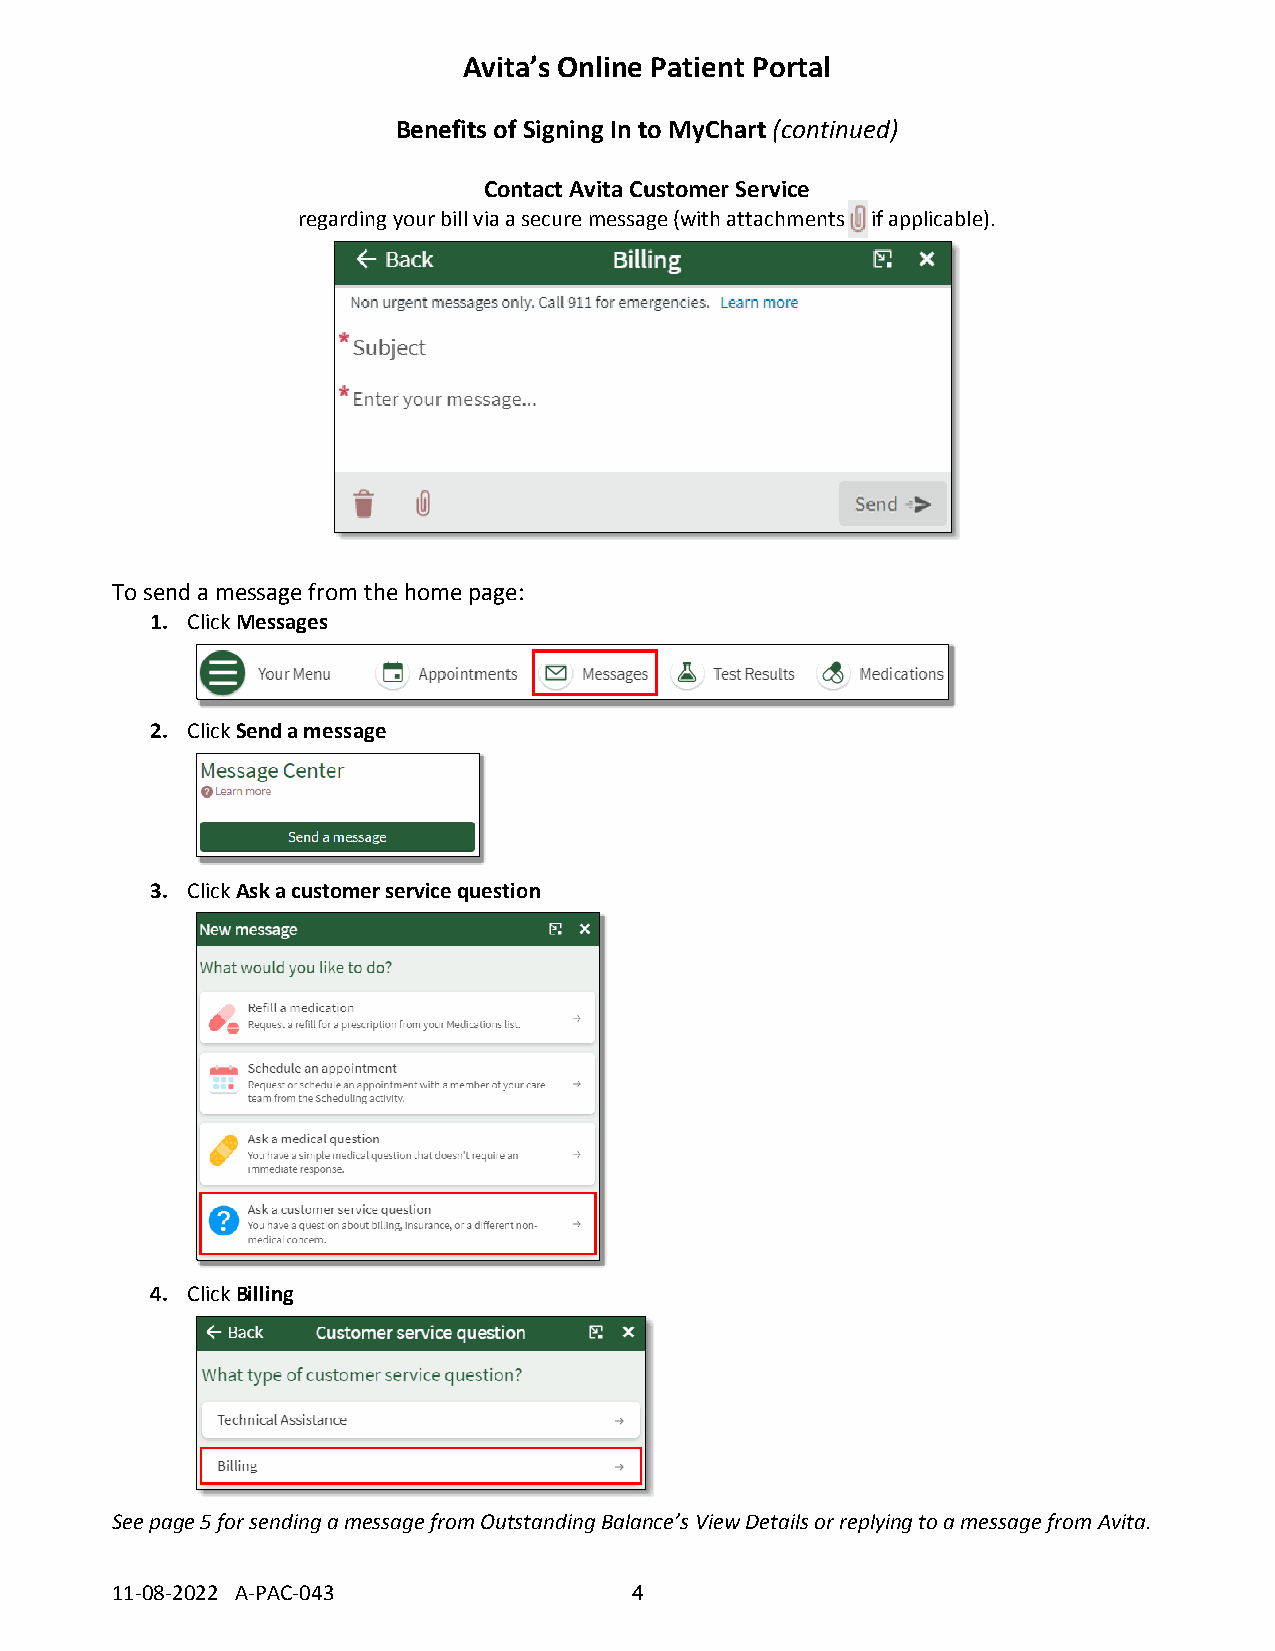
Avita’s Online Patient Portal
 Benefits of Signing In to MyChart (continued)
 Contact Avita Customer Service
 regarding your bill via a secure message (with attachments if applicable).
 To send a message from the home page:
 1. Click Messages
 2. Click Send a message
 3. Click Ask a customer service question
 4. Click Billing
 See page 5 for sending a message from Outstanding Balance’s View Details or replying to a message from Avita.
 11-08-2022 A-PAC-043               4